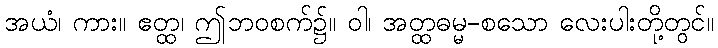
အယံ၊ ကား။ ဧတ္ထ၊ ဤဘဝစက်၌။ ဝါ၊ အတ္ထဓမ္မ-စသော လေးပါးတို့တွင်။